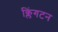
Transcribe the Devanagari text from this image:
क्लिंगटन